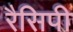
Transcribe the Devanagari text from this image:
रैसिपी